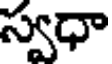
స్వధా